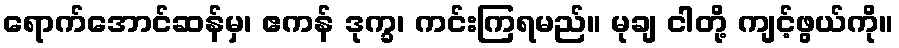
ရောက်အောင်ဆန်မှ၊ ဧကန် ဒုက္ခ၊ ကင်းကြရမည်။ မုချ ငါတို့ ကျင့်ဖွယ်ကို။